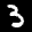
Label: 3